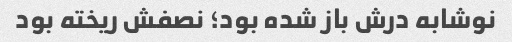
نوشابه درش باز شده بود؛ نصفش ریخته بود